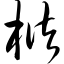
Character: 槠